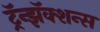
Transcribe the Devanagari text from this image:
ट्रॅन्झॅक्शन्स